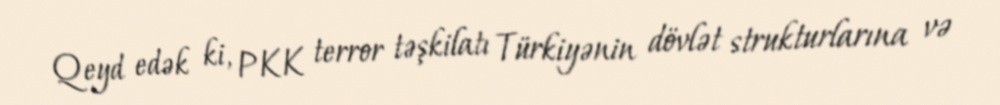
Qeyd edək ki, PKK terror təşkilatı Türkiyənin dövlət strukturlarına və